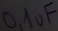
Text: 0,1uF